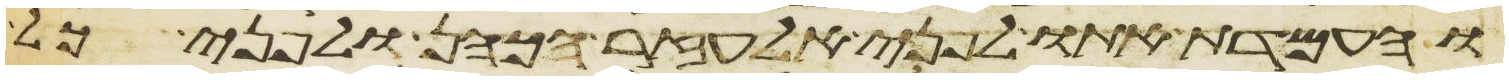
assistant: והעמדת אתו לפני אלעזר הכהן ולפני כל